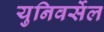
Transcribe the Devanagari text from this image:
युनिवर्सेल